Lunatic asylums Central Provinces reports 1874-1885 - 1874-1885
Year: 1874
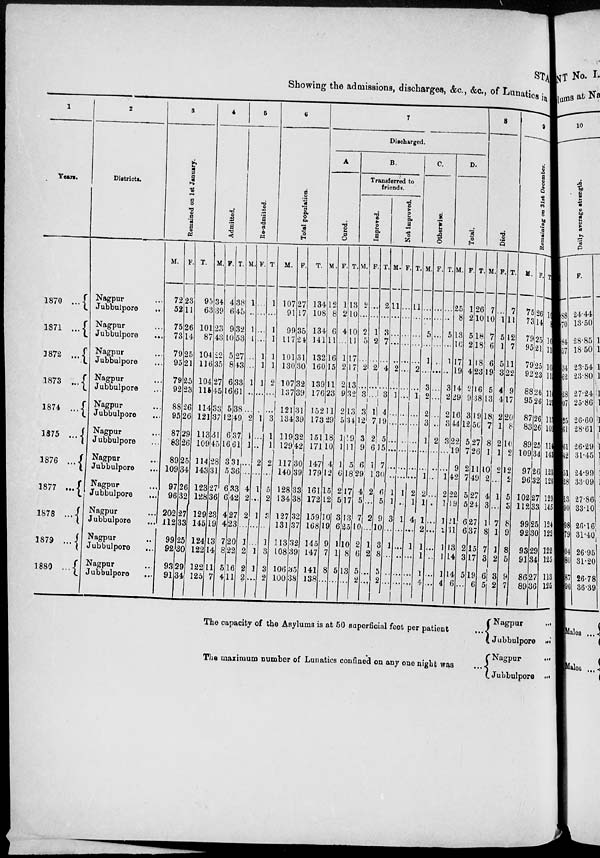
STA
Showing the admissions, discharges, &c., &c., of Lunatics in
1
Year.
1870 ...
1871 ...
1872 ...
1873
...
1874 ...
1875 ...
1876 ...
1877 ...
1878
1879 ...
1880...
2
Districts.
Nagpur...
Jubbulpore...
Nagpur...
Jubbulpore ...
Nagpur...
Jubbulpore...
Nagpur...
Jubbulpore...
Nagpur...
Jubbulpore...
Nagpur...
Jubbulpore...
Nagpur...
Jubbulpore...
Nagpur...
Jubbulpore...
Nagpur...
Jubbulpore...
Nagpur...
Jubbulpore...
Nagpur...
Jubbulpore...
3
Remained on 1st January.
M.
72
52
75
73
79
95
79
92
88
95
87
83
89
109
97
96
202
112
99
92
93
91
F.
23
11
26
14
25
21
25
23
26
26
29
26
25
34
26
32
27
33
25
30
29
34
T.
95
63
101
87
104
116
104
115
114
121
113
109
114
143
123
128
129
145
124
122
122
125
4
Admitted.
M.
34
39
23
43
22
35
27
45
33
37
31
45
28
31
27
36
23
19
13
14
11
7
F.
4
6
9
10
5
8
6
16
5
12
6
16
3
5
6
6
4
4
7
8
5
4
T.
38
45
32
53
27
43
33
61
38
49
37
61
31
36
33
42
27
23
20
22
16
11
5
Re-admitted.
M .
1
...
1
1
...
...
1
...
...
2
1
1
...
...
4
2
2
...
1
2
2
2
F.
...
...
...
...
1
1
1
...
...
1
...
...
2
...
1
...
1
...
...
1
1
...
T.
1
...
1
1
1
1
2
...
...
3
1
1
2
...
5
2
...
...
1
3
3
2
6
Total population.
M.
107
91
99
117
101
130
107
137
121
134
119
129
117
140
128
134
127
131
113
108
106
100
F.
27
17
35
24
31
30
32
39
31
39
32
42
30
39
33
38
32
37
32
39
35
38
T.
134
108
134
141
132
160
139
176
152
173
151
171
147
179
161
172
159
168
145
147
141
138
7
Discharged.
A
Cured.
M.
12
8
6
11
16
15
11
23
11
29
18
10
4
12
15
12
10
19
9
7
8
...
F.
1
2
4
...
1
2
2
9
2
5
1
1
1
6
2
5
3
6
1
1
5
...
T.
13
10
10
11
17
17
13
32
13
34
19
11
5
18
17
17
13
25
10
8
13
...
B.
Transferred to
friends.
Improved.
M.
2
...
2
5
...
2
...
3
3
12
3
9
6
29
4
5
7
10
2
6
5
2
F.
...
...
1
2
...
2
...
...
1 7
2
6
1
1
2
...
2
...
1
2
...
...
T.
2
...
3
7
...
4
...
3
4
19
5
15
7
30
6
5
9
10
3
8
5
2
Not improved.
M.
11
...
...
...
...
2
...
1
...
...
...
...
...
...
1
1
3
...
1
...
...
...
F.
...
...
...
...
...
...
...
...
...
...
...
...
...
...
1
...
1
...
...
...
...
...
T.
11
...
...
...
...
2
...
1
...
...
...
...
...
...
2
1
4
...
1
...
...
...
C.
Otherwise.
M.
...
...
5
...
1
...
3
2
2
3
1
1
2
1
1
2
1
1
1
4
F.
...
...
...
...
...
...
...
...
...
...
2
...
...
...
...
...
...
...
...
...
...
...
T.
...
...
5
...
1
...
3
2
2
3
3
1
2
1
1
2
1
1
1
4
D.
Total.
M.
25
8
13
16
17
19
14
29
16
44
22
19
9
42
22
19
21
31
13
14
14
6
F.
1
2
5
2
1
4
2
9
3
12
5
7
2
7
5
5
6
6
2
3
5
...
T.
26
10
18
18
18
23
16
38
19
56
27
26
11
49
27
24
27
37
15
17
19
6
8
Died.
M.
7
10
7
6
6
19
5
13
18
7
8
1
10
2
4
3
1
8
7
3
6
5
F.
...
1
5
1
5
3
4
4
2
1
2
1
2
...
1
...
7
1
1
2
3
2
T.
7
11
12
7
11
22
9
17
20
8
10
2
12
2
5
3
8
9
8
5
9
7
9
Remaining on 31st December.
M.
75
73
79
95
79
92
88
95
87
83
89
109
97
96
102
112
99
92
93
91
86
89
F.
26
14
25
21
25
23
26
26
26
26
25
34
26
32
27
33
25
30
29
34
27
36
T
101
87
104
116
104
115
114
121
113
109
114
143
123
128
129
145
124
122
122
125
113
125
The capacity of the Asylums is at 50 superficial feet per patient
...
The maximum number of Lunatics confined on any one night was
...
Nagpur
...
Jubbulpore ...
Nagpur
...
Jubbulpore ...